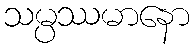
သမ္ပဿမာနော